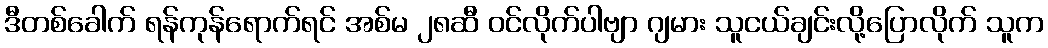
ဒီတစ်ခေါက် ရန်ကုန်ရောက်ရင် အစ်မ ၂၈ဆီ ဝင်လိုက်ပါဗျာ ဂျမား သူငယ်ချင်းလို့ပြောလိုက် သူက